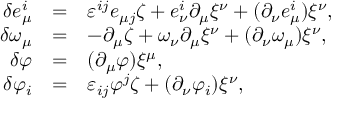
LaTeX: \begin{array} { r c l } { { \delta e _ { \mu } ^ { i } } } & { { = } } & { { \varepsilon ^ { i j } e _ { \mu j } \zeta + e _ { \nu } ^ { i } \partial _ { \mu } \xi ^ { \nu } + ( \partial _ { \nu } e _ { \mu } ^ { i } ) \xi ^ { \nu } , } } \\ { { \delta \omega _ { \mu } } } & { { = } } & { { - \partial _ { \mu } \zeta + \omega _ { \nu } \partial _ { \mu } \xi ^ { \nu } + ( \partial _ { \nu } \omega _ { \mu } ) \xi ^ { \nu } , } } \\ { { \delta \varphi } } & { { = } } & { { ( \partial _ { \mu } \varphi ) \xi ^ { \mu } , } } \\ { { \delta \varphi _ { i } } } & { { = } } & { { \varepsilon _ { i j } \varphi ^ { j } \zeta + ( \partial _ { \nu } \varphi _ { i } ) \xi ^ { \nu } , } } \end{array}